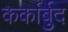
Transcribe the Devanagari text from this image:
कर्कार्बुद